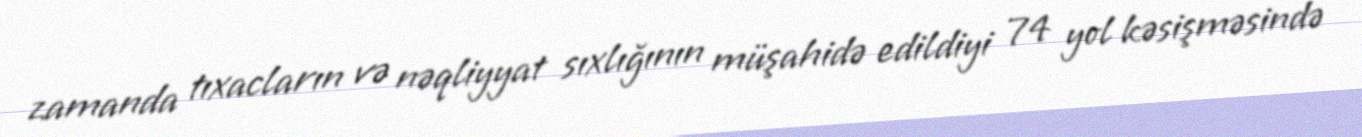
zamanda tıxacların və nəqliyyat sıxlığının müşahidə edildiyi 74 yol kəsişməsində